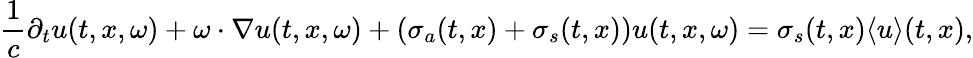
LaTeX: \frac{1}{c}\partial_{t}u(t,x,\omega)+\omega\cdot\nabla u(t,x,\omega)+(\sigma_{a}(t,x)+\sigma_{s}(t,x))u(t,x,\omega)=\sigma_{s}(t,x)\langle{u}\rangle(t,x),